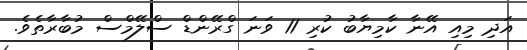
އަދި މިއި އޭނާ ކާމިޔާބު ކުރި 11 ވަނަ ގްރޭންޑް ސްލޭމްސް މުބާރާތެވެ.